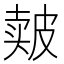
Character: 𰤬